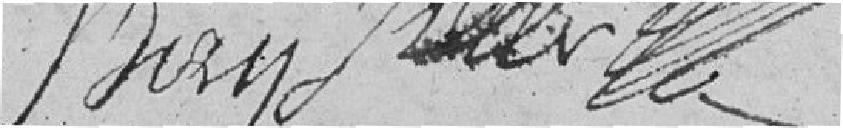
Biry, Keller